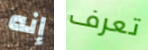
إنه تعرف